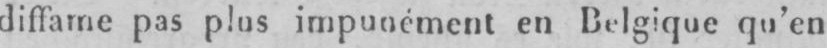
diffame pas plus impunément en Belgique qu’en